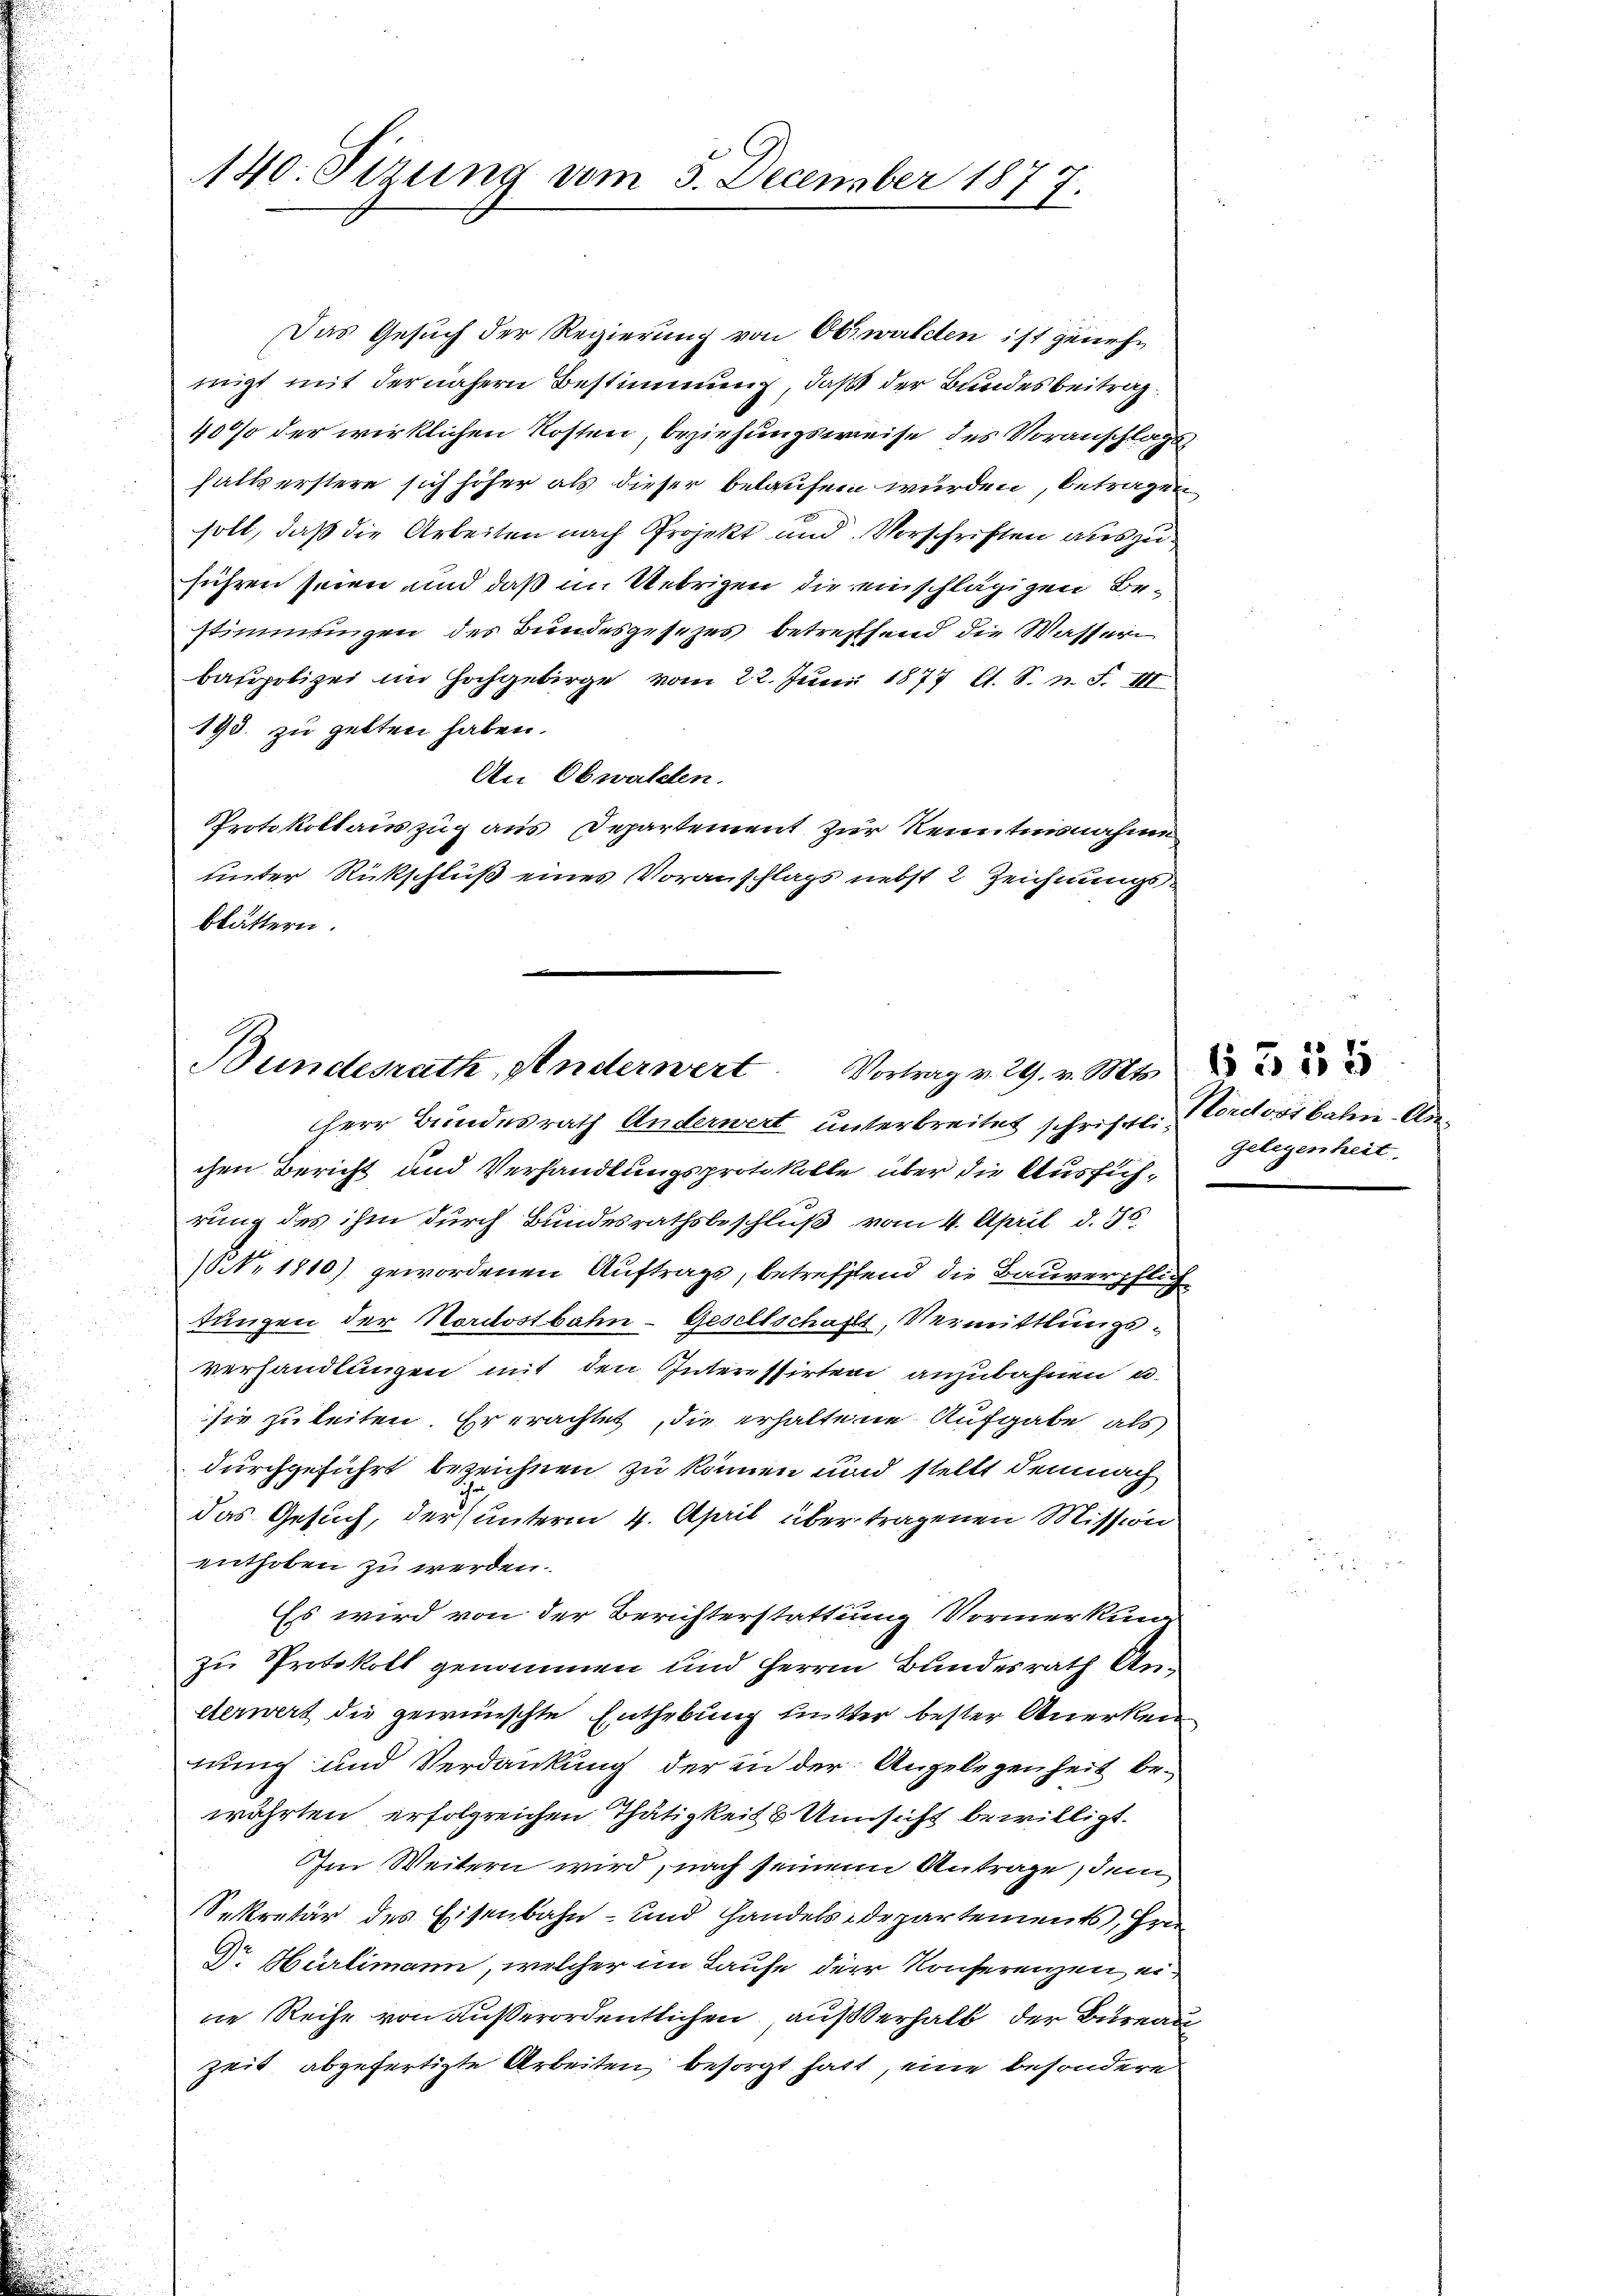
140. Sizung vom 5. December 1877.

Das Gesuch der Regierung von Obwalden ist genehmigt mit der nähern Bestimmung, daß der Bundesbeiträg¬
40% der wirklichen Kosten, beziehungsweise des Voranschlags
halterstere sich höher als dieser belaufen wurden, betragen
soll, daß die Arbeiten nach Projekt und Vorschriften auszuführen seien und daß im Uebrigen die einschlägigen Bestimmungen des Bundesgesezes betreffend die Wassern
baspolizei im Hochgebirge vom 22. Juni 1877 lt. S. n. F. III
193. zu gelten haben.
An Obwaldten.
Protokollauszug aus Departement zur Kenntnisnahme
unter Rückschluß einer Voranschlags nebst 2 Zeichnungsblättern.

Bundesrath Anderwert. Vortrag v. 29. v. Mts.

Herr Bundesrath Anderwert unterbreitet schriftl. Cordostbahn-Anchen Bericht und Verhandlungsprotokolle über die Ausführung des ihm durch Bundesrathsbeschluß vom 4. April d. Js.
NNo. 1810) gewordenen Auftrags, betreffend die Bauverpflic
t
tungen der Nordostbahn-Gesellschafts, Vermittlungsverhandlungen mit den Interessirten anzubahnen u.
sie zuleiten. Er erachtet, die erhaltene Aufgabe als
durchgeführt bezeichnen zu können und stellt demnach
das Gesuch, der unterm 4. April über tragenen Mission
enthoben zu werden.
Es wird von der Berichterstattung Vormerkung
zu Protokoll genommen und Herren Bundesrath Aneterwert die gewünschte Enthebung mutter bester Anerkennung und Verdankung der in der Angelegenheit bewährten erfolgreichen Thätigkeit b Unsicht bewilligt.
Im Weitern wird, nach seinem Antrage, dem
Sekretär des Eisenbahn- und Handelsdepartements, Hrn.
Dr. Hürlimann, welcher im Laufe der Konferenzen, eine Reihe von außerordentlichen, auf Verhalb der Bureau
zeit abgefertigte Arbeiten besorgt hatt, eine besondere

Gelegenheit

6 Z. 155